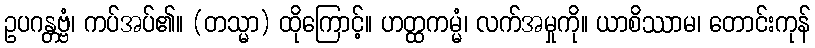
ဥပဂန္တဗ္ဗံ၊ ကပ်အပ်၏။ (တသ္မာ) ထိုကြောင့်။ ဟတ္ထကမ္မံ၊ လက်အမှုကို။ ယာစိဿာမ၊ တောင်းကုန်